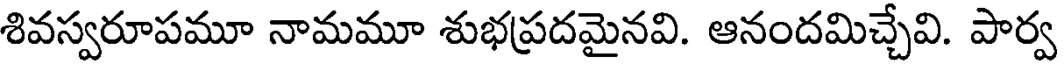
శివస్వరూపమూ నామమూ శుభప్రదమైనవి. ఆనందమిచ్చేవి. పార్వ